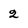
Character: 2